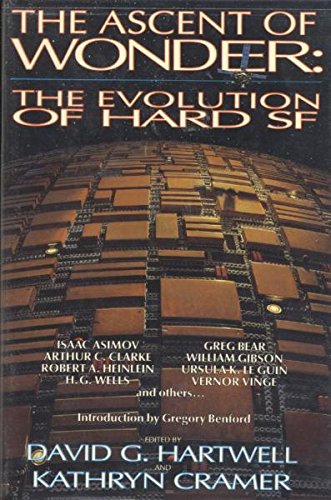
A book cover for The Ascent of Wonder: The Evolution of Hard SF; Science Fiction & Fantasy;